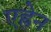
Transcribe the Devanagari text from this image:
एह्रेन